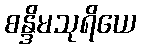
စန္ဒိမသုရိယေ